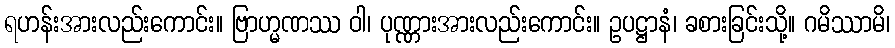
ရဟန်းအားလည်းကောင်း။ ဗြာဟ္မဏဿ ဝါ၊ ပုဏ္ဏားအားလည်းကောင်း။ ဥပဋ္ဌာနံ၊ ခစားခြင်းသို့။ ဂမိဿာမိ၊